Lunatic asylums Madras 1877-1891 - 1877-1891
Year: 1877
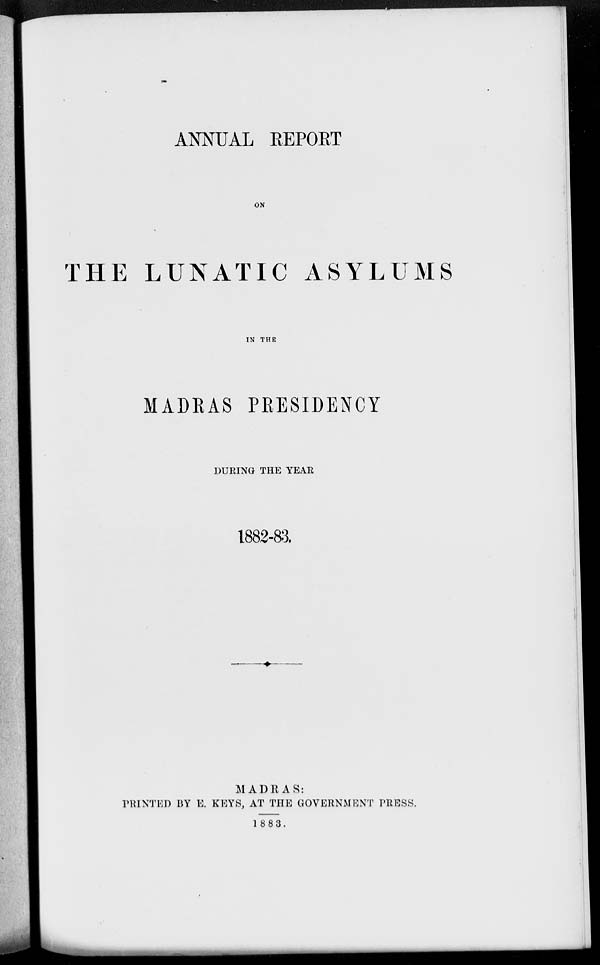
ANNUAL REPORT
ON
THE LUNATIC ASYLUMS
IN THE
MADRAS PRESIDENCY
DURING THE YEAR
1882-83.
MADRAS:
PRINTED BY E. KEYS, AT THE GOVERNMENT PRESS.
1883.